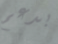
بدعم